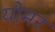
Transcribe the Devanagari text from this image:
योमर